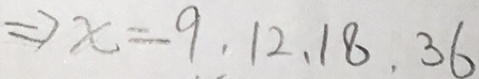
\Rightarrow x = 9 , 1 2 , 1 8 , 3 6